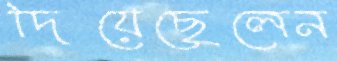
দিয়েছেলেন